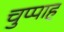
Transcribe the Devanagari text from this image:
चुप्पाह